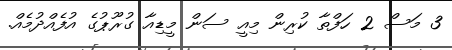
3 މަސް 2 ހަފްތާ ކުރިން މިއީ ސަން މީޑިއާ ގުރޫޕުގެ އުފެއްދުމެއް.